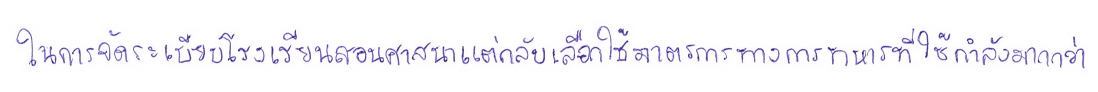
ในการจัดระเบียบโรงเรียนสอนศาสนาแต่กลับเลือกใช้มาตรการทางการทหารที่ใช้กำลังมากกว่า